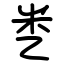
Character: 㐘